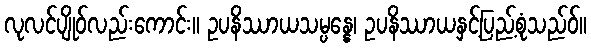
လုလင်ပျိုဝ်လည်းကောင်း။ ဥပနိဿာယသမ္ပန္နေ၊ ဥပနိဿာယနှင့်ပြည့်စုံသည်ဝ်။